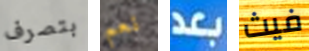
بتصرف نعم بعد فيث